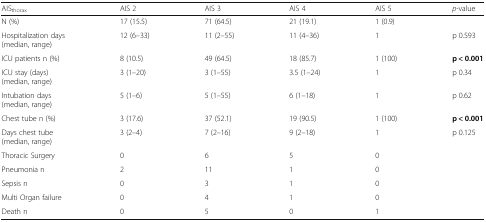
<table><thead><tr><td><b>AIS<sub>thorax</sub></b></td><td><b>AIS 2</b></td><td><b>AIS 3</b></td><td><b>AIS 4</b></td><td><b>AIS 5</b></td><td><b><i>p</i>-value</b></td></tr></thead><tbody><tr><td>N (%)</td><td>17 (15.5)</td><td>71 (64.5)</td><td>21 (19.1)</td><td>1 (0.9)</td><td></td></tr><tr><td>Hospitalization days(median, range)</td><td>12 (6–33)</td><td>11 (2–55)</td><td>11 (4–36)</td><td>1</td><td>p 0.593</td></tr><tr><td>ICU patients n (%)</td><td>8 (10.5)</td><td>49 (64.5)</td><td>18 (85.7)</td><td>1 (100)</td><td><b>p &lt; 0.001</b></td></tr><tr><td>ICU stay (days)(median, range)</td><td>3 (1–20)</td><td>3 (1–55)</td><td>3.5 (1–24)</td><td>1</td><td>p 0.34</td></tr><tr><td>Intubation days(median, range)</td><td>5 (1–6)</td><td>5 (1–55)</td><td>6 (1–18)</td><td>1</td><td>p 0.62</td></tr><tr><td>Chest tube n (%)</td><td>3 (17.6)</td><td>37 (52.1)</td><td>19 (90.5)</td><td>1 (100)</td><td><b>p &lt; 0.001</b></td></tr><tr><td>Days chest tube(median, range)</td><td>3 (2–4)</td><td>7 (2–16)</td><td>9 (2–18)</td><td>1</td><td>p 0.125</td></tr><tr><td>Thoracic Surgery</td><td>0</td><td>6</td><td>5</td><td>0</td><td></td></tr><tr><td>Pneumonia n</td><td>2</td><td>11</td><td>1</td><td>0</td><td></td></tr><tr><td>Sepsis n</td><td>0</td><td>3</td><td>1</td><td>0</td><td></td></tr><tr><td>Multi Organ failure</td><td>0</td><td>4</td><td>1</td><td>0</td><td></td></tr><tr><td>Death n</td><td>0</td><td>5</td><td>0</td><td>1</td><td></td></tr></tbody></table>